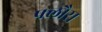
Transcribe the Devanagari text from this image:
फ्लौरा